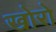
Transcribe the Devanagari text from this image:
खोरो